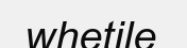
whetile